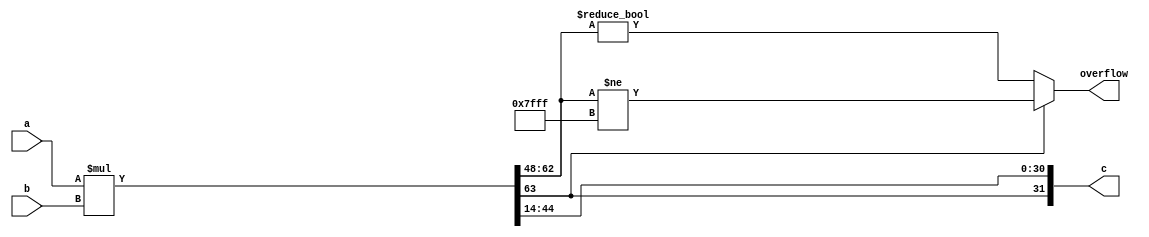
`timescale 1ns / 1ps
//////////////////////////////////////////////////////////////////////////////////
// Company: 
// Engineer: 
// 
// Design Name: 
// Module Name: mult_fixedfull
// Project Name: 
// Target Devices: 
// Tool Versions: 
// Description: 
// 
// Dependencies: 
// 
// Revision:
// Revision 0.01 - File Created
// Additional Comments:
// 
//////////////////////////////////////////////////////////////////////////////////


module mulq18_14(
        input wire signed [31:0] a,
        input wire signed [31:0] b,
        output wire signed [31:0] c,
        output wire overflow
    );
    // todo add rounding
    wire signed [63:0] mult;
    assign mult = a*b;
    assign c[30:0] = mult[44:14];
    assign c[31] = mult[63];
    localparam mask = 'b11111_11111_11111; // 15 ones
    assign overflow = mult[63] == 0 ? mult[62:48] != 0 : mult[62:48] != mask;
endmodule